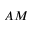
A M